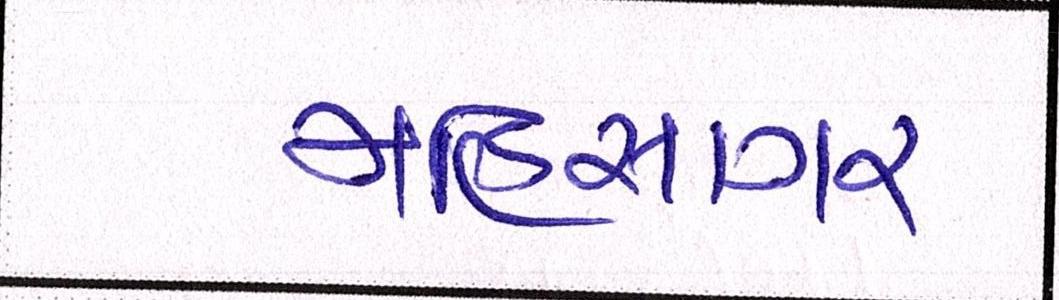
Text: મહિસાગર